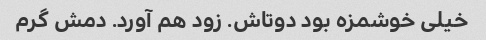
خیلی خوشمزه بود دوتاش. زود هم آورد. دمش گرم